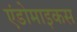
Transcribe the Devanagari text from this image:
एंडोमाइकस